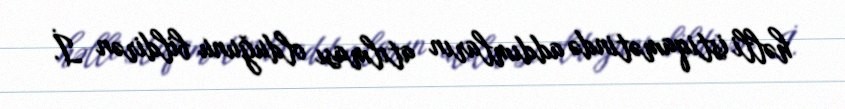
həlli istiqamətində addımların atılması olduğunu bildirən İ.